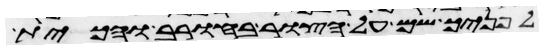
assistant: לפניך שם על הצור בחורב והכית